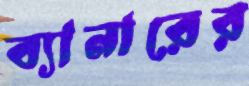
ব্যানারের